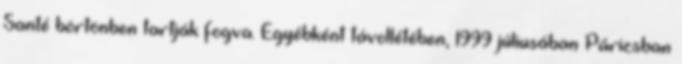
Santé börtönben tartják fogva. Egyébként távollétében, 1999 júliusában Párizsban